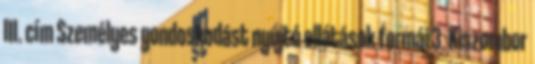
III. cím Személyes gondoskodást nyújtó ellátások formái 3. Kiszombor